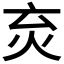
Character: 𤆴